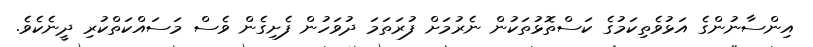
އިންސާނުންގެ އަޅުވެތިކަމުގެ ކަސްތޮޅުތަކުން ނެރުމަށް ފުރަތަމަ ދުވަހުން ފެށިގެން ވެސް މަސައްކަތްކުރި ދީނެކެވެ.